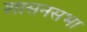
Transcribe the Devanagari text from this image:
शासनसभा